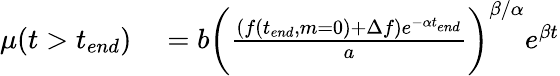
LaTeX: \begin{array}{rl}{\mu(t>t_{end})}&{{}=b\bigg(\frac{(f(t_{end},m=0)+\Delta f)e^{-\alpha t_{end}}}{a}\bigg)^{\beta/\alpha}e^{\beta t}}\end{array}